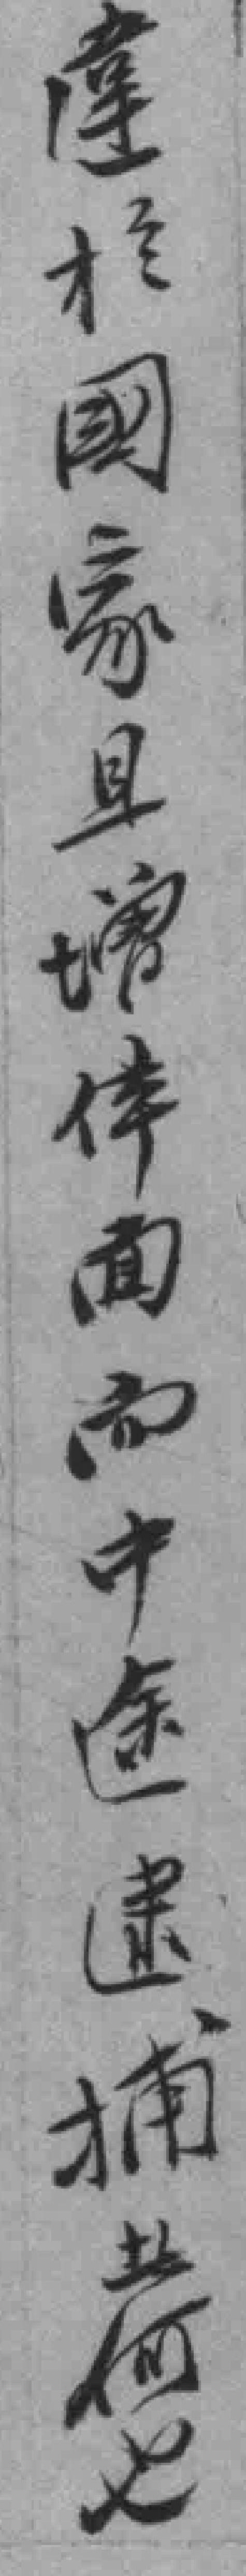
違扵國家且增体面而中途逮捕*何也